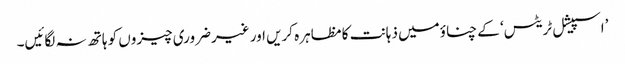
’اسپیشل ٹریٹس‘ کے چناؤمیں ذہانت کا مظاہرہ کریں اور غیرضروری چیزوں کو ہاتھ نہ لگائیں۔